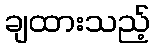
ချထားသည့်